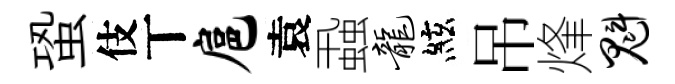
蛩伎丅扈袁蝨龙絃吊烽魁